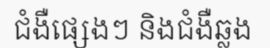
ជំងឺផ្សេងៗ និងជំងឺឆ្លង